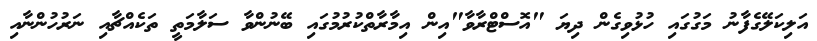
އަލިކަލޭގެފާނު މަގުގައި ހުޅުވިގެން ދިޔަ "އޮސްޓްރާވާ"އިން އިމާރާތްކުރުމުގައި ބޭނުންވާ ސަލާމަތީ ތަކެއްޗާއި ނަރުހުންނާއި